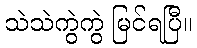
သဲသဲကွဲကွဲ မြင်ရပြီ။